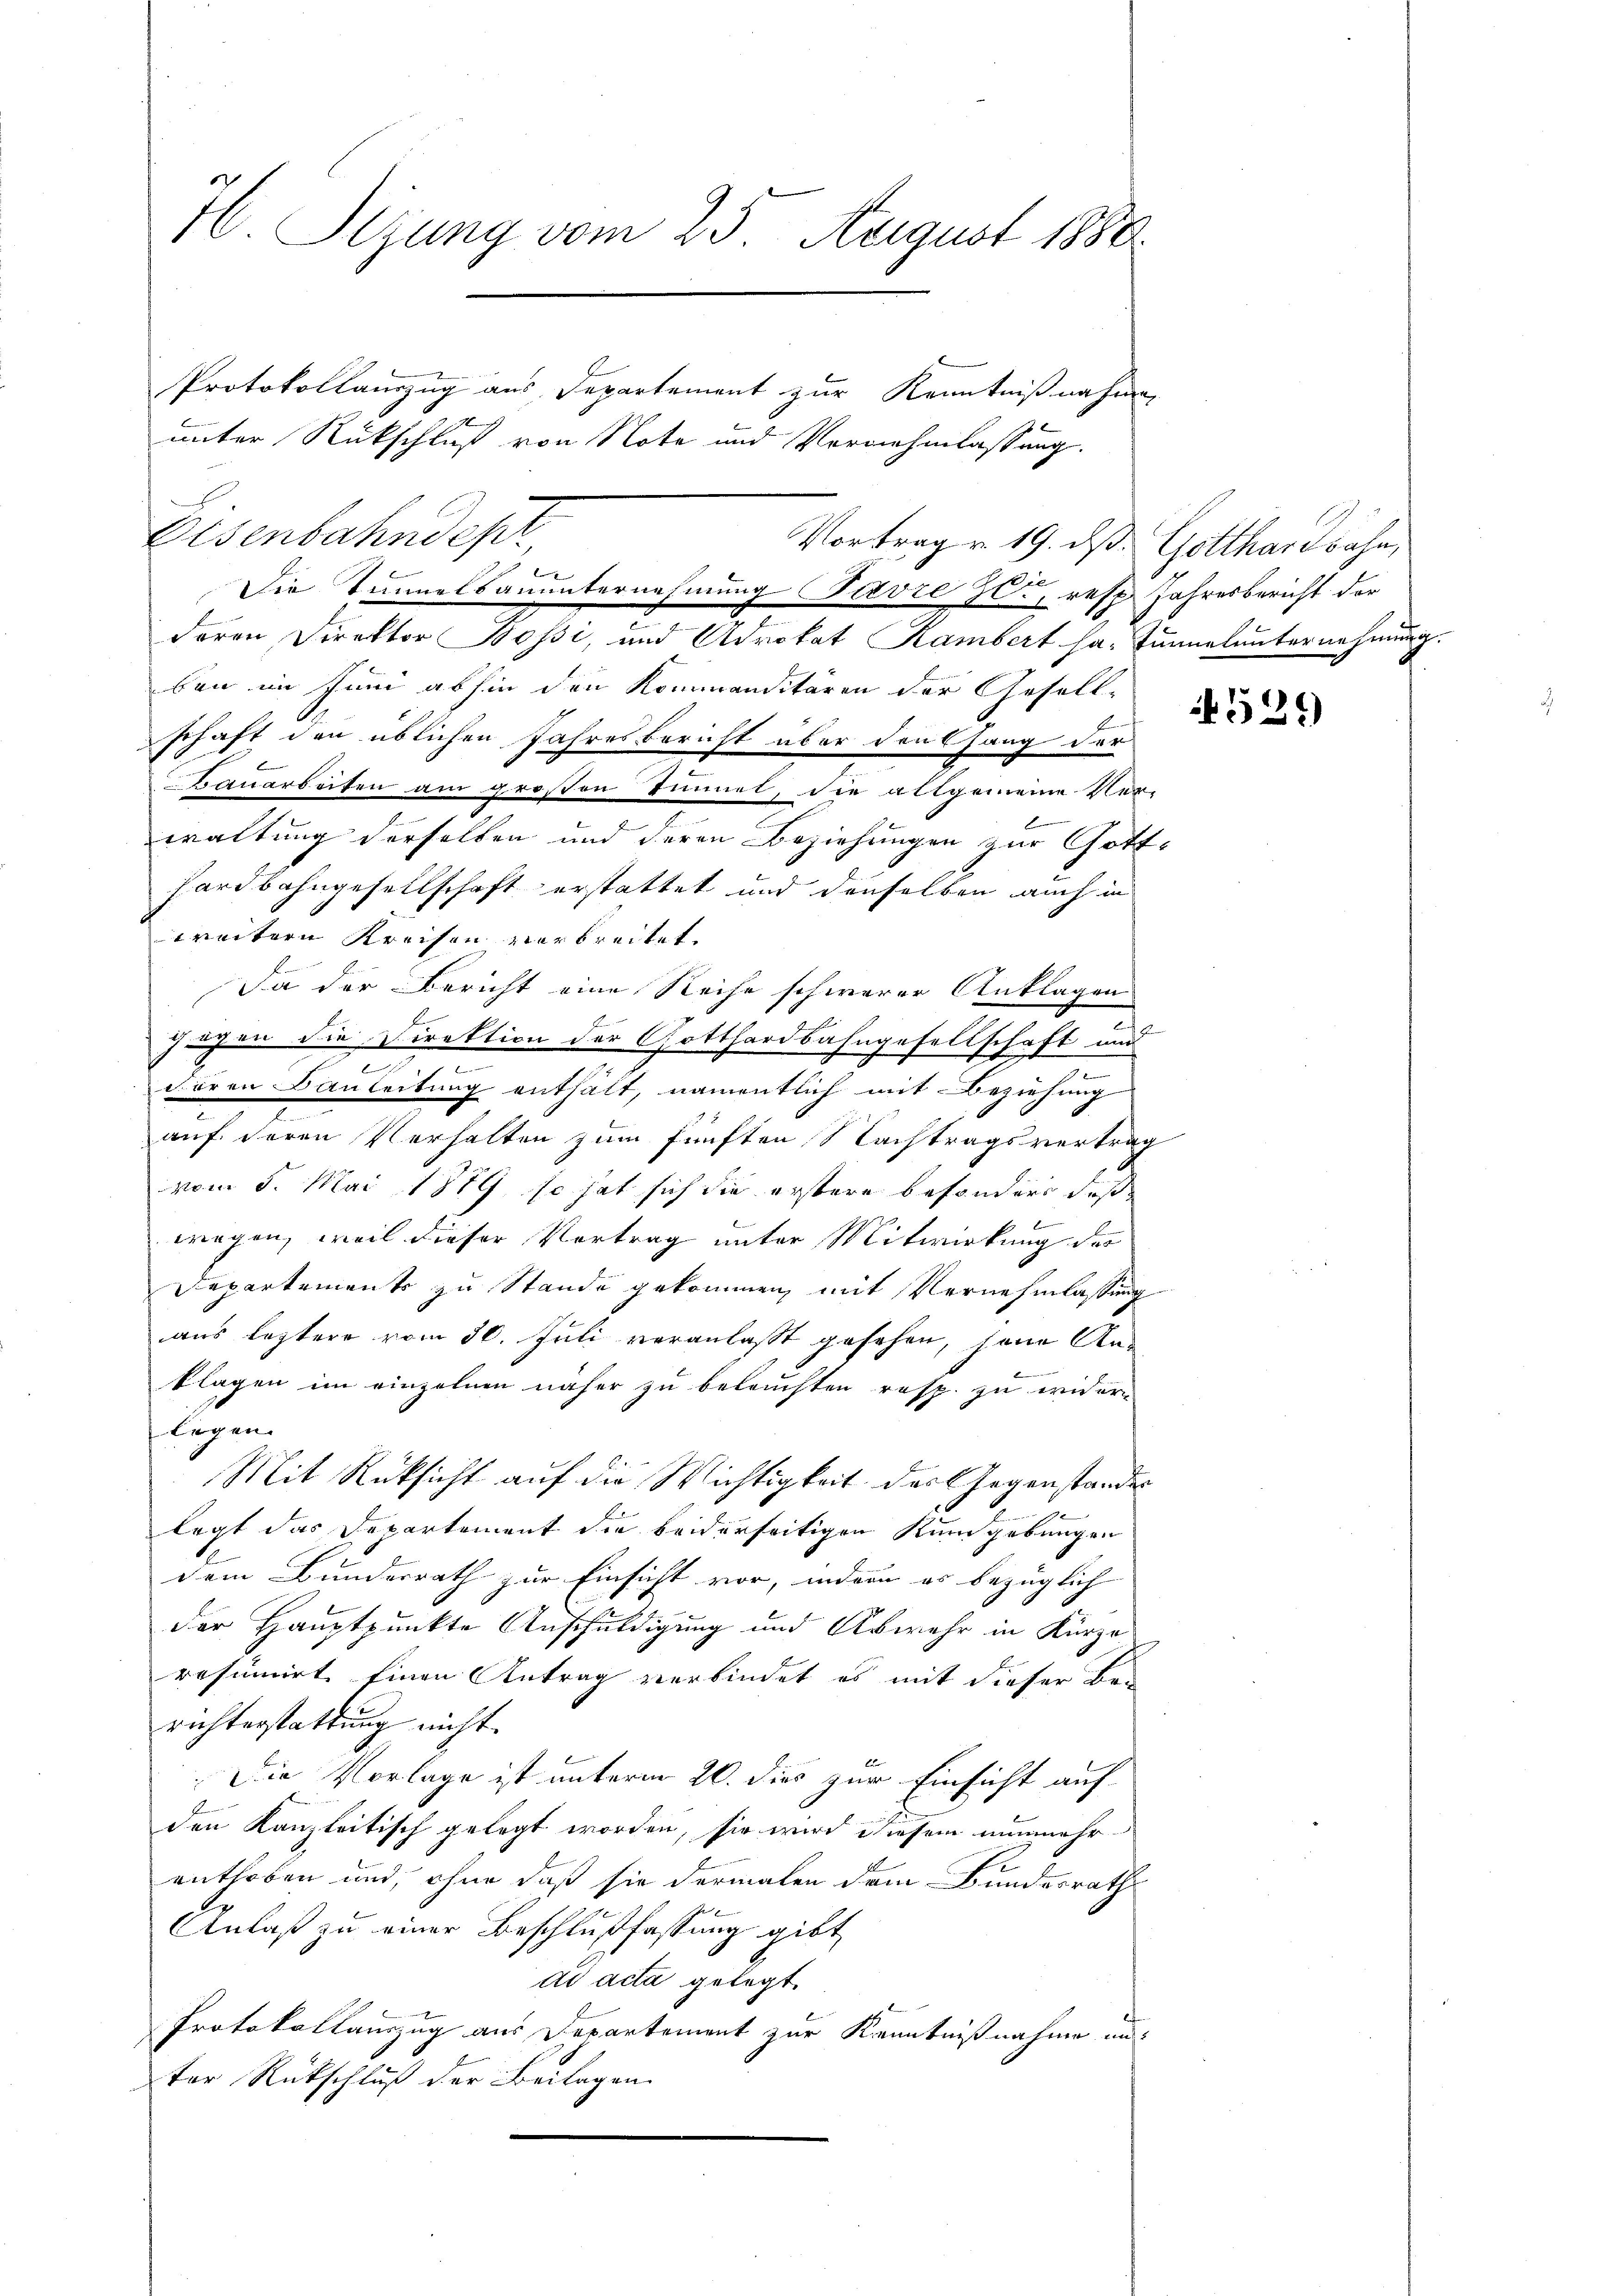
H. Sizung vom 25. August 1880.
Protokollanzug aus Departement zur Kenntnißnahme
7
unter Rückschluß von Note und Vernehmlassung.

Vortrag u. 19. ds. Gotthardbahn,
Die Timmelsanunternehmung Servie er, resp. Jahresbericht der
deren Direktor Bossi, und Advokat Rambert ha. Tunnelunternehmung.

Eisenbahndepr
ben im Juni abhin den Kommanditären der Gesellschaft den üblichen Jahresbericht über denfang der
Tauarbeiten am großen Tunnel, die allgemeine Ver-
waltung derselben und deren Beziehungen zur Gotthardbahngesellschaft erstattet und denselben auch in
weitern Kreisen verbreitet.
Da der Bericht eine Reihe schwerer Anklagen.

jagen die Direktion der Gotthardbahngesellschaft und
e
J
doren Bauleitung enthält, namentlich mit Beziehung
auf deren Verhalten zum fünften Nachtragsvertrag
vom 5. Mai 1889 so hat sich die erstere besonders daß
wogen, weil dieser Vortrag unter Mitwirkung des
Departements zu Stande gekommen, mit Vernehmlassung
aus leztere vom 30. Juli veranlaßt gesehen, seine Anklagen im einzelnen näher zu beleuchten resp. zu widerlegen. |
Mit Rücksicht auf die Wichtigkeit der Gegenstandes
legt das Departement die beiderseitigen Rundgebungen
.
dem Bunderrath zur Einsicht vor, indem es bezüglich
der Hauptpunkte Anschuldigung und Abwehr in Kürze
resumirt einen Antrag verbindet es mit dieser Berichterstattung nicht.
Die Vorlage ist unterm 20. dies zur Einsicht auf-
den Kanzleitisch gelegt worden, sie wird diesem nunmehrenthoben und, ohne daß sie dermalen dem Bundesrath
be
Anlaß zu einer Beschlußfassung gibt
ad acta gelegt.
Protokollauszug aus Departement zur Kenntnißnahme und
ter Rückschluß der Beilagen.

529